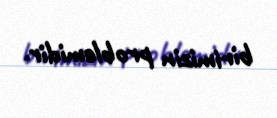
birimizin problemidir.